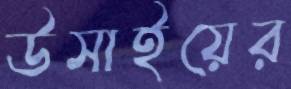
উসাইয়ের